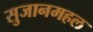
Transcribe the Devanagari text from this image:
सुजानमहल